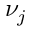
\nu _ { j }